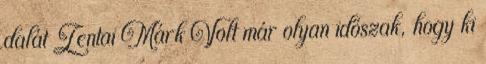
dalát Zentai Márk Volt már olyan időszak, hogy ki